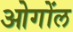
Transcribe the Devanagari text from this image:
ओगोंल